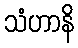
သံဟာနိ